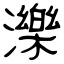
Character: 濼